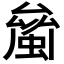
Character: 𧏝